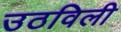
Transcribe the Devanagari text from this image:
उठविली